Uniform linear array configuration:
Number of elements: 8
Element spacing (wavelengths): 0.75
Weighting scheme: uniform
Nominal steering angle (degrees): -45
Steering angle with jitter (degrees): -45.974
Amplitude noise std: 0.05
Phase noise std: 0.05

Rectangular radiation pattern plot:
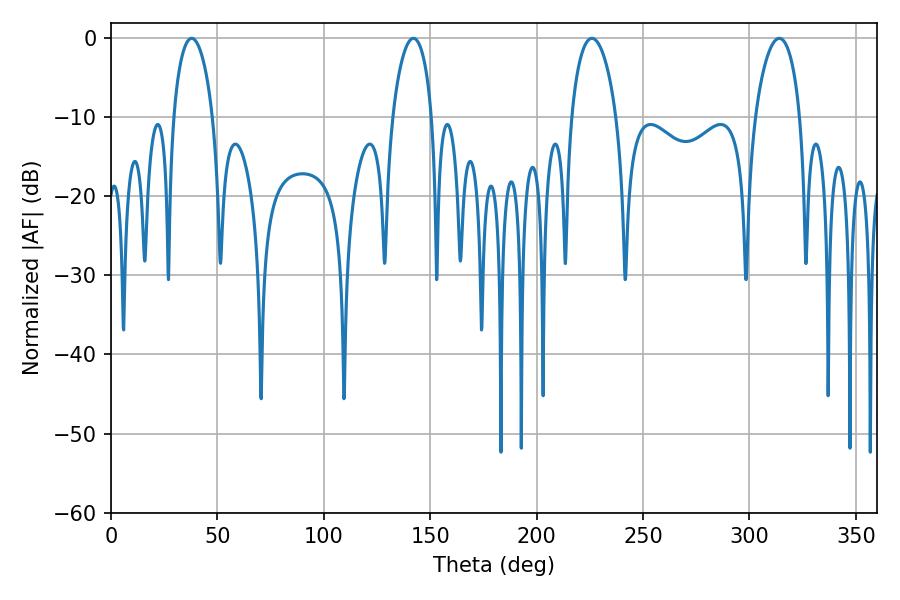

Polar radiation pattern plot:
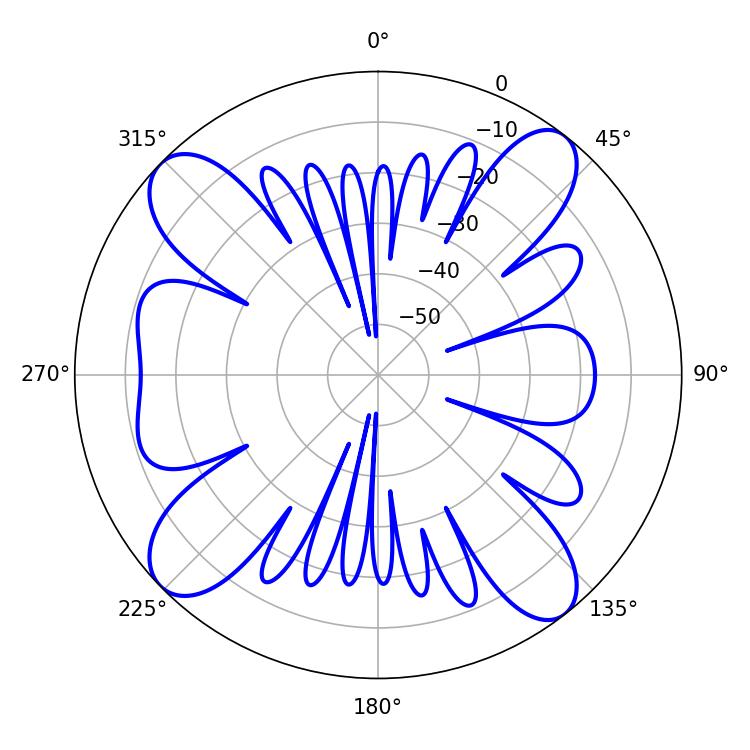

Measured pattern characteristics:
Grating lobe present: TRUE
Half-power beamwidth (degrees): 12.06
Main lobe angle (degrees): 225.9